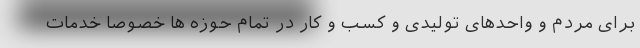
برای مردم و واحدهای تولیدی و کسب و کار در تمام حوزه ها خصوصاً خدمات